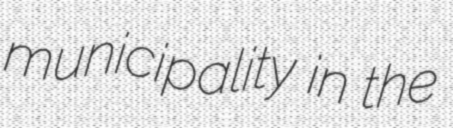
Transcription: municipality in the